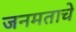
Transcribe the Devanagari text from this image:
जनमताचे